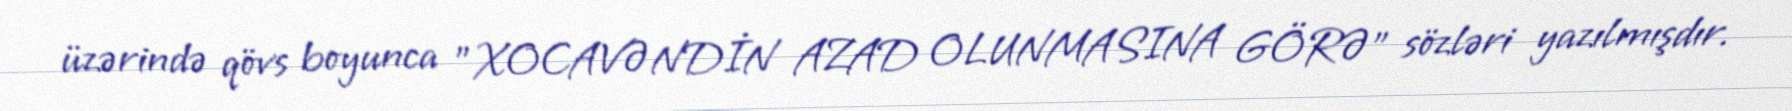
üzərində qövs boyunca "XOCAVƏNDİN AZAD OLUNMASINA GÖRƏ" sözləri yazılmışdır.